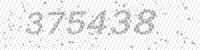
Solution: 375438